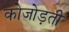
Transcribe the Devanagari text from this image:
कोजोड़ती